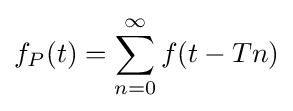
f_{P}(t)=\sum _{n=0}^{\infty }f(t-Tn)